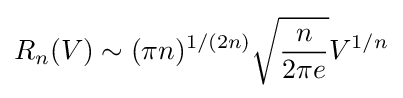
R_{n}(V)\sim (\pi n)^{1/(2n)}{\sqrt {\frac {n}{2\pi e}}}V^{1/n}